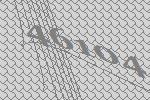
46104